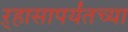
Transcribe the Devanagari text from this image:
ऱ्हासापर्यंतच्या